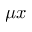
\mu x